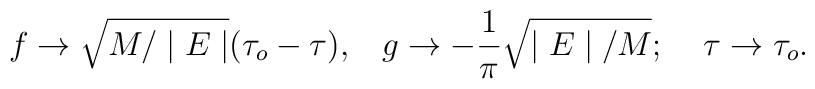
f\rightarrow\sqrt{M/\mid E\mid}(\tau_o-\tau),\;\;\;g\rightarrow-\frac{1}{\pi}\sqrt{\mid E\mid/ M};\;\;\;\;\tau\rightarrow\tau_o.